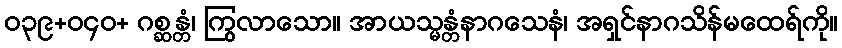
ဝ၃၉+ဝ၄၀+ ဂစ္ဆန္တံ၊ ကြွလာသော။ အာယသ္မန္တံနာဂသေနံ၊ အရှင်နာဂသိန်မထေရ်ကို။